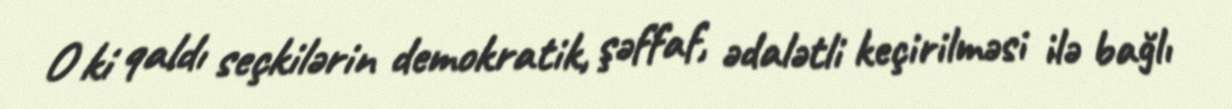
O ki qaldı seçkilərin demokratik, şəffaf, ədalətli keçirilməsi ilə bağlı